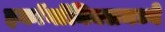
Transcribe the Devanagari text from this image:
इकाॅनाॅमिक्समध्ये